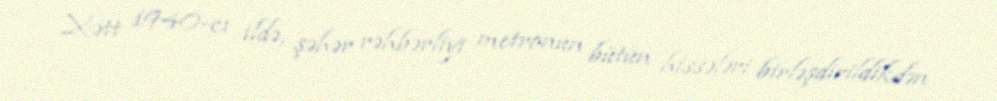
Xətt 1940-cı ildə, şəhər rəhbərliyi metronun bütün hissələri birləşdirildikdən